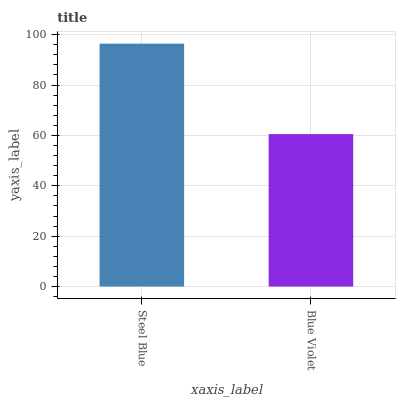
| xaxis_label | bars |
 | --- | --- |
 | Steel Blue | 96.4 |
 | Blue Violet | 60.5 |